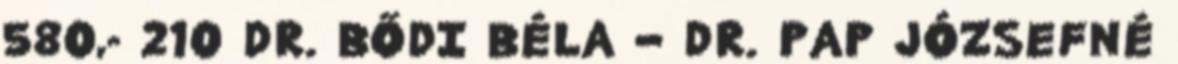
580,- 210 DR. BŐDI BÉLA – DR. PAP JÓZSEFNÉ